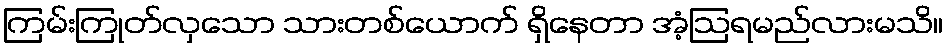
ကြမ်းကြုတ်လှသော သားတစ်ယောက် ရှိနေတာ အံ့ဩရမည်လားမသိ။